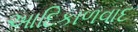
આદિકાળવાદ